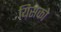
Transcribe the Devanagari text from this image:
यिसको